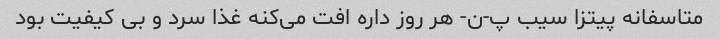
متاسفانه پیتزا سیب پ-ن- هر روز داره افت می‌کنه غذا سرد و بی کیفیت بود